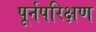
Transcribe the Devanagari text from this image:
पूर्नपरिक्षण